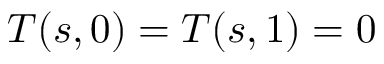
{ \cal T } ( s , 0 ) = { \cal T } ( s , 1 ) = 0